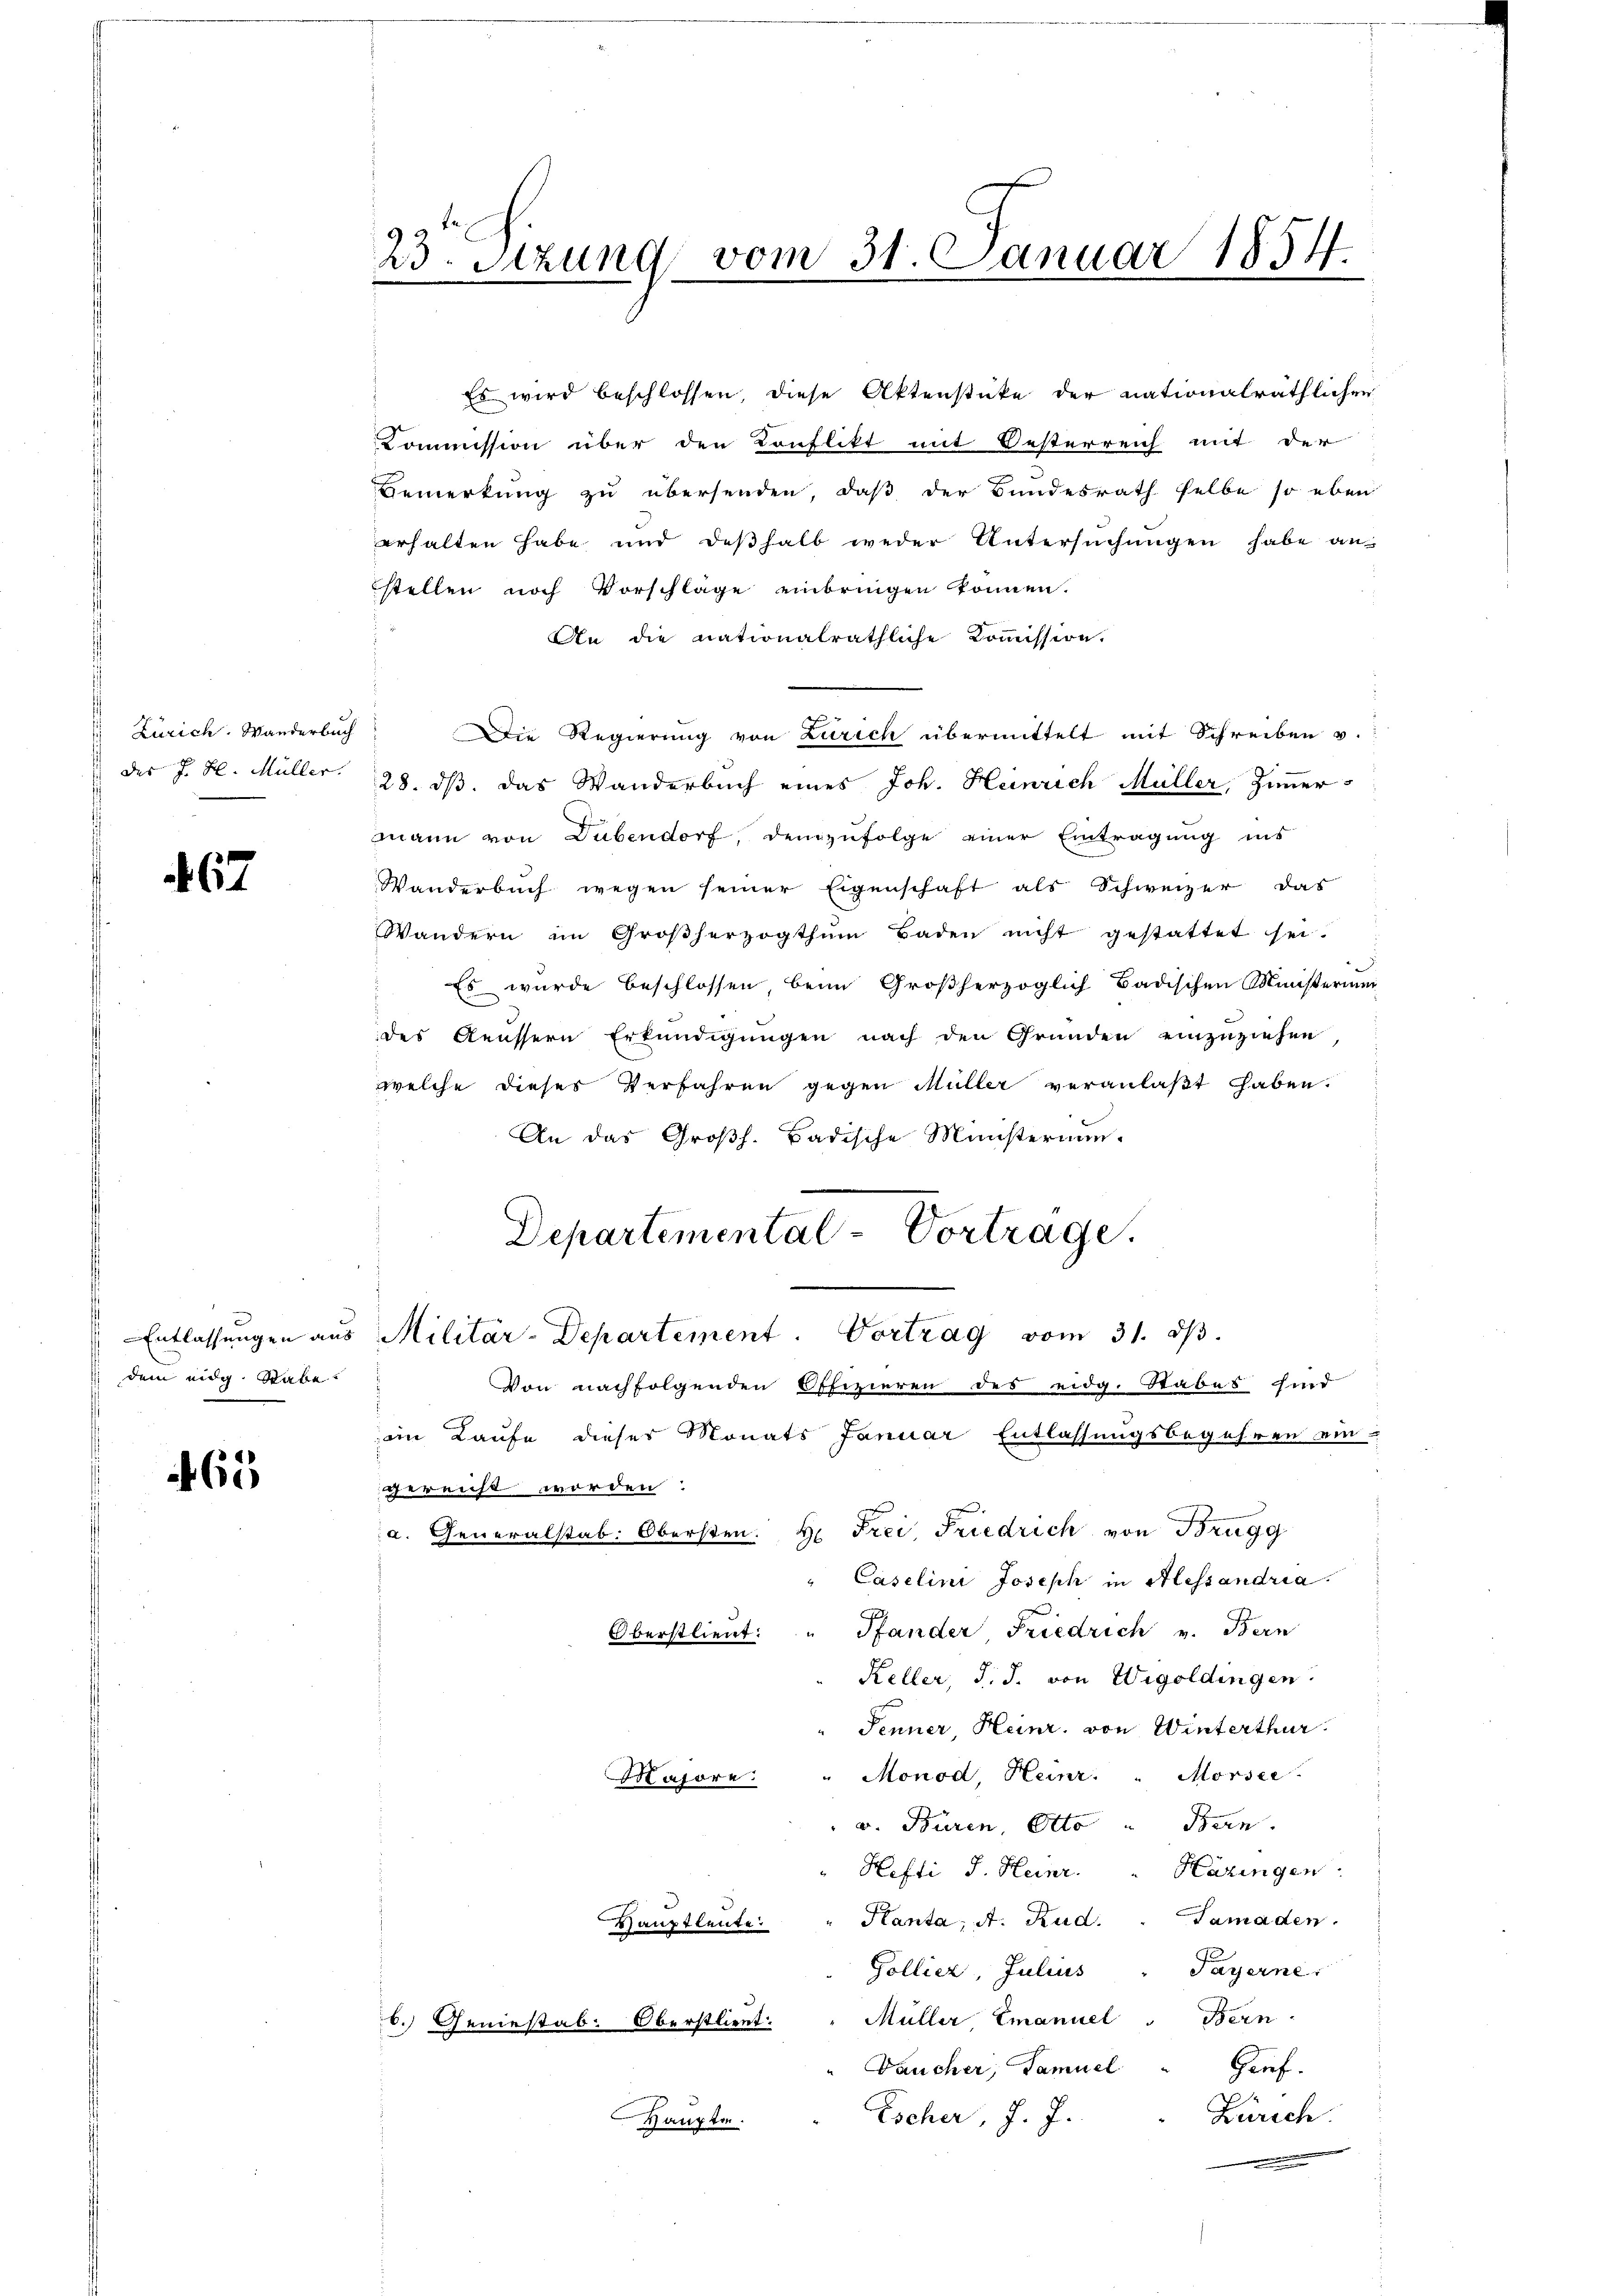
Zürich. Wanderbuch

67

dem eidg. Rabe?

65

Commission über den Konflikt mit Oesterreich mit der
Bemerkung zu übersenden, daß der Bundesrath selbe so eben
erhalten habe und deβhalb weder Untersŭchŭngen habe ans
stellen noch Vorschläge einbringen können.
An die nationalräthliche Kommission.
Die Regierung von Zürich übermittelt mit Schreiben v.
des J. H. Müller. 28. ds. das Wanderbuch eines Joh. Heinrich Müller, Zimmer
mann von Dübendorf, demzufolge einer Eintragung ins
Wanderbuch wegen seiner Eigenschaft als Schweizer das
Wandern im Großherzogthum Baden nicht gestattet sei.
 Es wurde beschlossen, beim Großherzoglich Badischen Ministerium
des Aeussern Erkundigungen nach den Gründen einzuziehen
welche dieses Verfahren gegen Müller veranlaßt haben.
An das Großh. Badische Ministeraum.
Departemental-Vortrage.
Entlassungen aus Militar-Departement. Vortrag vom 31. ds.
Von nachfolgenden Offizieren des eidg. Stabes sind
aim Laufe dieser Monats Januar Entlassungsbegehren ein-
gereicht worden.
a. Generalstab. Obersten. H. Frei, Friedrich von Brugg
"Caselini Joseph in Alessandria.
Oberstlieut. " Pfander Friedrich v. Bern
Keller, d. J. von Wigoldingen.
Fenner, Heinr. von Winterthur.
Monod, Heinr. " Morsee
Majore
v. Büren, Otto " Bern.
Hefti J. Heinr. " Hazingen:
Hanta, A. Rud. Tamaden.
Hauptleute.
Gollier, Julius " Payerne
Müller, Emanuel " Bern
.) Geniestab. Oberstlieut.
Daucher, Samuel " Genf.
Zürich
Escher, J. J.
Haupten.

23. Setzung vom 31. Januar 1854.

Es wird beschlossen, diese Aktenstücke der nationalräthlichen